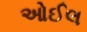
ઓઈલ